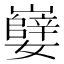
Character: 𫲖